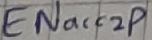
Text: ENacc2p